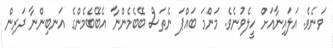
ވަނެވެ. އަލައިނާއަށް ހީލެވުނެވެ. މަންމަ ބައްޕަ ނެތަސް ބޭބެމެންނާ އެބޭބެމެންގެ އަނބިންނާ ދަރިން